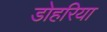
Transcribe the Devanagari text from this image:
डोहरिया